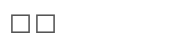
١٤